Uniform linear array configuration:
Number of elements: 48
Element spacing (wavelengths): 0.5
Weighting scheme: binomial
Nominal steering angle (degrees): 0
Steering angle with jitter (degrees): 0.8612
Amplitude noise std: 0.05
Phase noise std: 0.05

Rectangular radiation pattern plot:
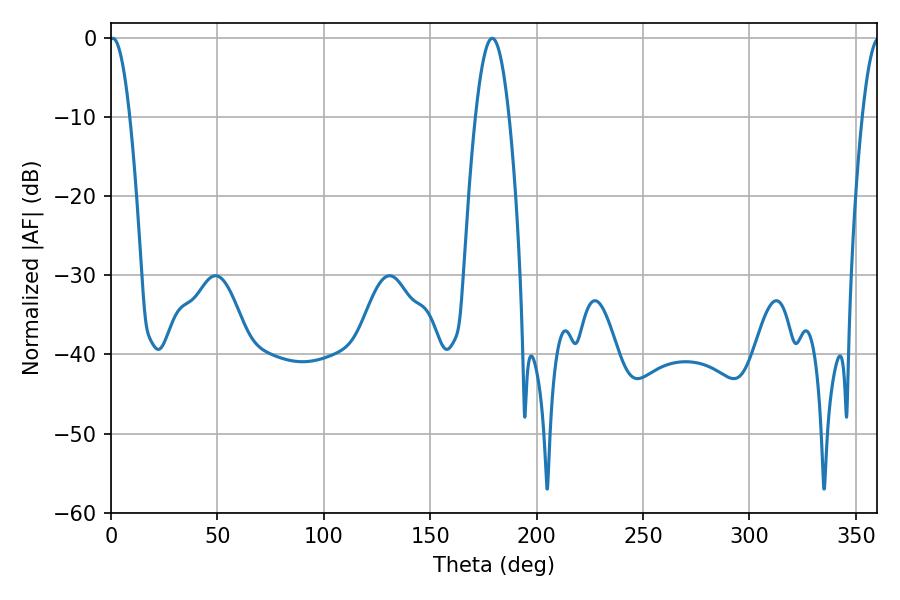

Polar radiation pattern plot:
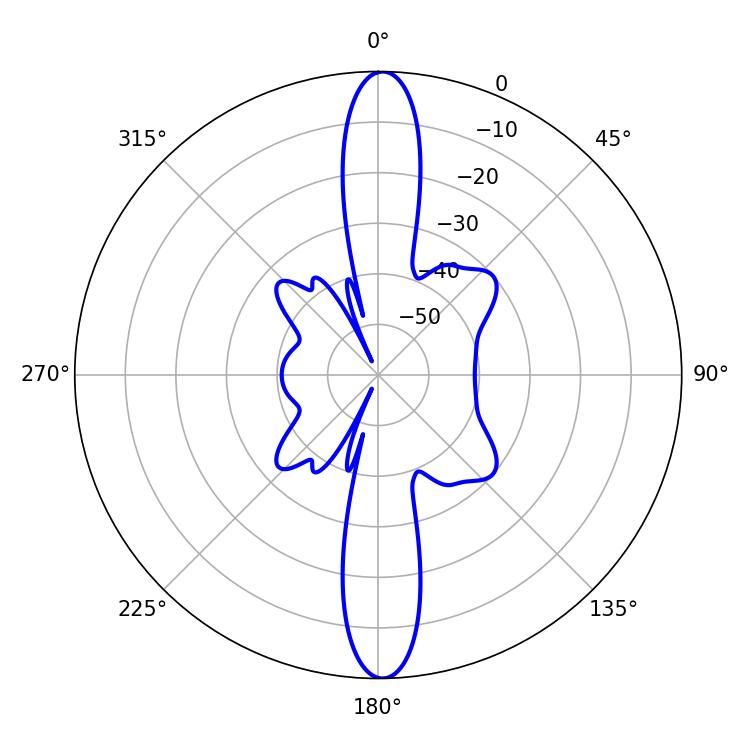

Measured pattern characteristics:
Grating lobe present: FALSE
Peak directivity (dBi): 25.72
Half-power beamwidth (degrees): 5.22
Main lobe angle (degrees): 0.9